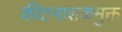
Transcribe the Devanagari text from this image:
कीटनाशकमुक्त